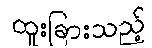
ထူးခြားသည့်